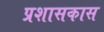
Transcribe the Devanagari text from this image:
प्रशासकास